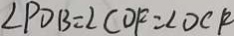
\angle P D B = \angle C O F = \angle D C R